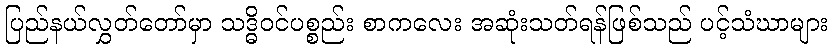
ပြည်နယ်လွှတ်တော်မှာ သဒ္ဓိဝင်ပစ္စည်း စာကလေး အဆုံးသတ်ရန်ဖြစ်သည် ပင့်သံဃာများ